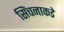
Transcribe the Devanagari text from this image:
सिंचनाकडे